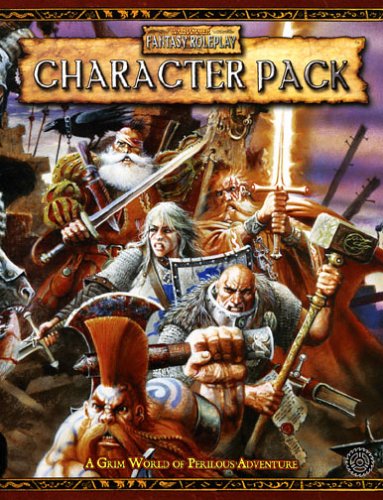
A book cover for Warhammer Fantasy Roleplay Character Record Pack; Green Ronin; Science Fiction & Fantasy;